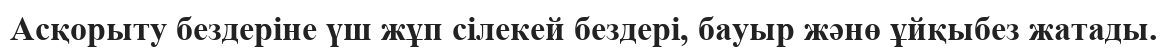
Асқорыту бездеріне үш жұп сілекей бездері, бауыр жәнө ұйқыбез жатады.